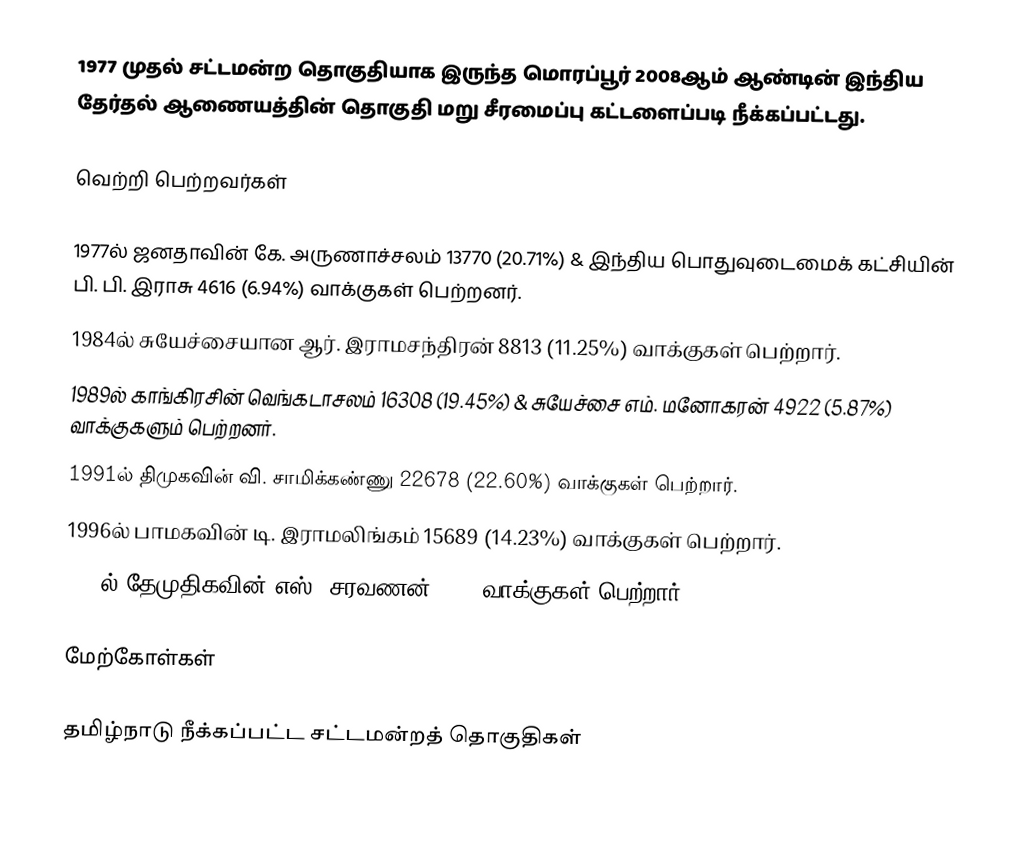
1977 முதல் சட்டமன்ற தொகுதியாக இருந்த மொரப்பூர் 2008ஆம் ஆண்டின் இந்திய தேர்தல் ஆணையத்தின் தொகுதி மறு சீரமைப்பு கட்டளைப்படி நீக்கப்பட்டது.

வெற்றி பெற்றவர்கள்

 1977ல் ஜனதாவின் கே. அருணாச்சலம் 13770 (20.71%) & இந்திய பொதுவுடைமைக் கட்சியின் பி. பி. இராசு 4616 (6.94%) வாக்குகள் பெற்றனர்.
 1984ல் சுயேச்சையான ஆர். இராமசந்திரன் 8813 (11.25%) வாக்குகள் பெற்றார்.
 1989ல் காங்கிரசின் வெங்கடாசலம் 16308 (19.45%) & சுயேச்சை எம். மனோகரன் 4922 (5.87%) வாக்குகளும் பெற்றனர்.
 1991ல் திமுகவின் வி. சாமிக்கண்ணு 22678 (22.60%) வாக்குகள் பெற்றார்.
 1996ல் பாமகவின் டி. இராமலிங்கம் 15689 (14.23%) வாக்குகள் பெற்றார்.
 2006ல் தேமுதிகவின் எஸ். சரவணன் 4932 வாக்குகள் பெற்றார்.

மேற்கோள்கள்

தமிழ்நாடு நீக்கப்பட்ட சட்டமன்றத் தொகுதிகள்